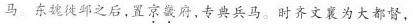
马。东魏徒邺之后，置京畿府，专典兵马。时齐文襄为大都督，